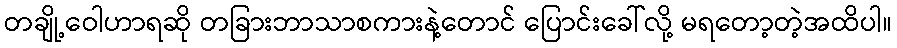
တချို့ဝေါဟာရဆို တခြားဘာသာစကားနဲ့တောင် ပြောင်းခေါ်လို့ မရတော့တဲ့အထိပါ။